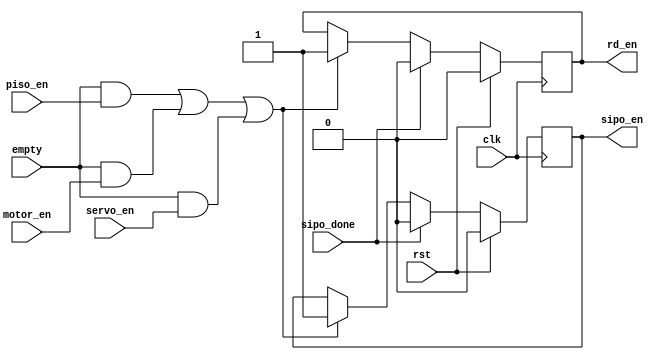
`timescale 1ns / 1ps
//////////////////////////////////////////////////////////////////////////////////
// Company: 
// Engineer: 
// 
// Design Name: 
// Module Name: behaviorProcessor
// Project Name: 
// Target Devices: 
// Tool Versions: 
// Description: 
// 
// Dependencies: 
// 
// Revision:
// Revision 0.01 - File Created
// Additional Comments:
// 
//////////////////////////////////////////////////////////////////////////////////


module behaviorProcessor( servo_en, motor_en,empty, sipo_en,piso_en,sipo_done, rd_en,clk,rst);

 input empty;
 output reg rd_en;
 input clk,rst;
 output reg sipo_en;
 input piso_en;
 input sipo_done;
 input servo_en,motor_en;
 
 always @(posedge clk)
 begin
 if(rst)
   begin
     sipo_en <= 0;
     rd_en <= 0;
     
   end
 else
   begin
   if(empty && piso_en || empty && motor_en || empty && servo_en)
     begin
       rd_en <=1;
       sipo_en<=1;
     end
  
     if(sipo_done)begin
       rd_en <= 0;
       sipo_en <=0;
     end 
     
 
     

end 
end 
endmodule